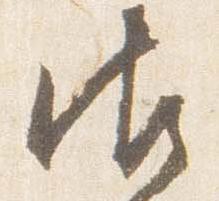
御